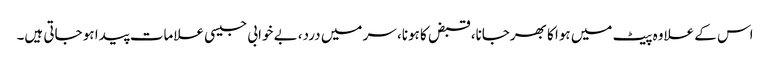
اس کے علاوہ پیٹ میں ہوا کا بھرجانا، قبض کا ہونا، سر میں درد، بے خوابی جیسی علامات پیدا ہو جاتی ہیں۔